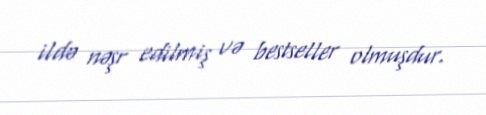
ildə nəşr edilmiş və bestseller olmuşdur.